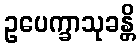
ဥပေက္ခာသုခန္တိ